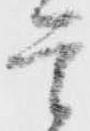
首